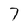
Character: 7